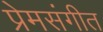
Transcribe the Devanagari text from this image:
प्रेमसंगीत